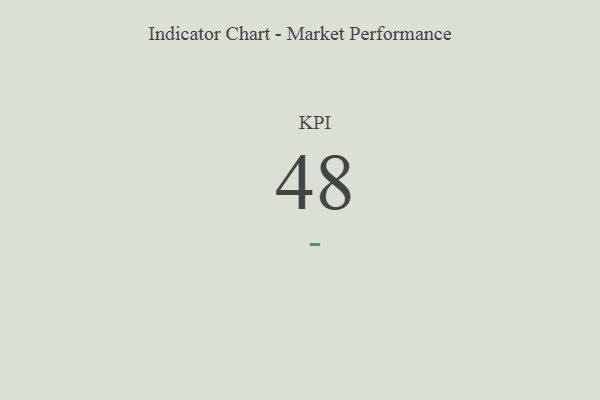
{"axis": {"x": "KPI", "y": "Value"}, "legend": [""], "data": [{"x": "KPI", "y": 48, "type": ""}]}